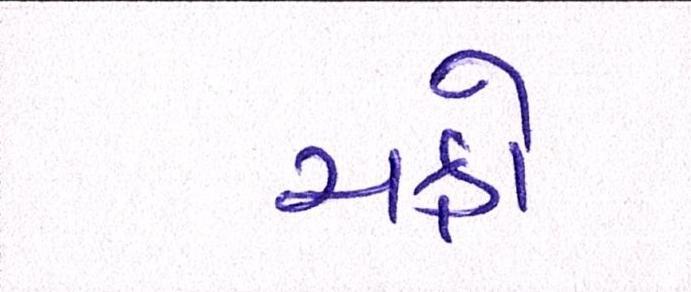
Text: ચક્રો